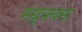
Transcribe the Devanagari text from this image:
मध्यचमा